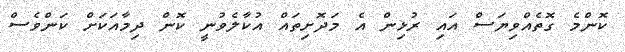
ކޮންމެ ގޮތެއްވިޔަސް އައި ރުޅިން އެ މަދޮށިތައް އުކާލެވުނީ ކޮން ދިމާއަކަށް ކަންވެސް